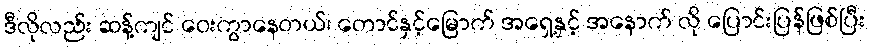
ဒီလိုလည်း ဆန့်ကျင် ဝေးကွာနေတယ်၊ တောင်နှင့်မြောက် အရှေ့နှင့် အနောက် လို ပြောင်းပြန်ဖြစ်ပြီး